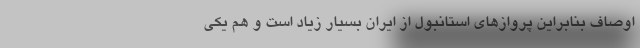
اوصاف بنابراین پروازهای استانبول از ایران بسیار زیاد است و هم یکی